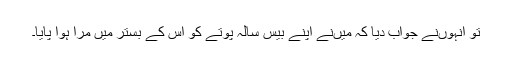
تو انہوں‌نے جواب دیا کہ میں‌نے اپنے بیس سالہ پوتے کو اس کے بستر میں‌ مرا ہوا پایا۔